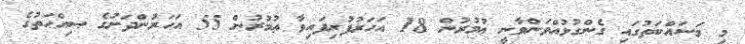
މި މަސައްކަތުގައި ގެންގުޅުއްވަންވާނީ ޢުމުރުން 18 އަހަރުފުރިފައިވާ ޢުމުރުން 55 އަހަރުންދަށުގެ ޞިއްޙަތުގެ